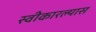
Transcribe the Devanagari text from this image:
स्वीकारल्यास